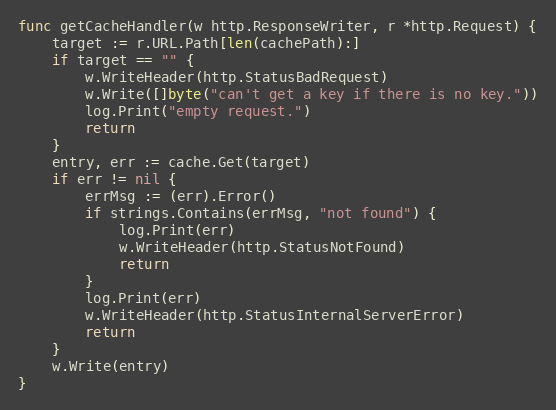
Language: Go
func getCacheHandler(w http.ResponseWriter, r *http.Request) {
	target := r.URL.Path[len(cachePath):]
	if target == "" {
		w.WriteHeader(http.StatusBadRequest)
		w.Write([]byte("can't get a key if there is no key."))
		log.Print("empty request.")
		return
	}
	entry, err := cache.Get(target)
	if err != nil {
		errMsg := (err).Error()
		if strings.Contains(errMsg, "not found") {
			log.Print(err)
			w.WriteHeader(http.StatusNotFound)
			return
		}
		log.Print(err)
		w.WriteHeader(http.StatusInternalServerError)
		return
	}
	w.Write(entry)
}